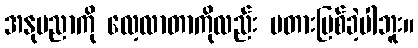
အနုပညာကို လေ့လာတာကိုလည်း မတားမြစ်ခဲ့ပါဘူး။